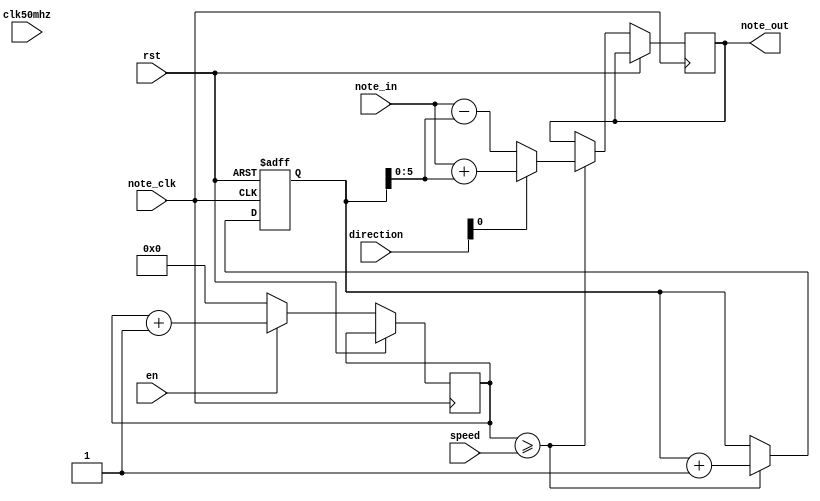
`timescale 1ns / 1ps
//////////////////////////////////////////////////////////////////////////////////
// Company: 
// Engineer: 
// 
// Design Name: 
// Module Name:    FX_slide 
// no overflow correction; note will overflow high or low and may have weird artifacts.
// this is intended to be corrected by setting the appropriate LENGTH bits. 

module FX_slide(
						note_in,
						note_clk,
						note_out,
						speed, 
						direction,
						en,
						rst,
						clk50mhz
    );

input rst;

input [5:0] note_in;
input note_clk;
output reg [5:0] note_out;
input [1:0] speed;  
input [1:0] direction;


input en;
input clk50mhz;

reg [7:0] speed_counter;
reg [4:0] count;  
//reg rst_flag;

initial 
begin
	speed_counter <= 0;
	//offset_mul <= 0;
	count <= 0;
	//rst_flag = 0;
end





always@(posedge note_clk or posedge rst)
begin
	if (rst)
	begin
		speed_counter <= 0;
	end
	else
	begin
	
		if (count >= speed)
		begin
			count <= 0;
			speed_counter <= speed_counter + 1; //add one to the "speed counter"; it is incremented every few counts. 
			//speed_counter = speed_counter + 1;
		
			if (direction[0] == 0)
			begin
				note_out <= note_in - speed_counter; //slide down; 
			end
			
			else if (direction[0] == 1)	
			begin
				note_out <= note_in + speed_counter; //slide up
			end
			
		end
		
			if(en)	
			begin
				count <= count + 1;
			end
			else
			begin
				count <= 0;
			end 
		
		end
	end




endmodule